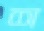
শ